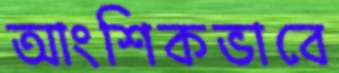
আংশিকভাবে